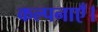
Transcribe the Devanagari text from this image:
कल्पनाएँ।